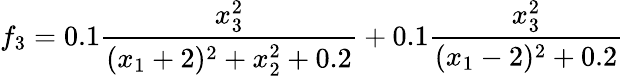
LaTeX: f_{3}=0.1\frac{x_{3}^{2}}{(x_{1}+2)^{2}+x_{2}^{2}+0.2}+0.1\frac{x_{3}^{2}}{(x_{1}-2)^{2}+0.2}